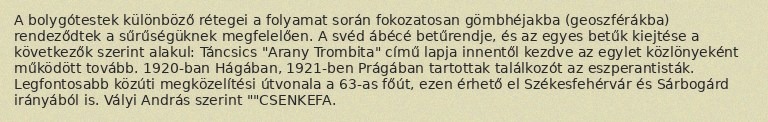
A bolygótestek különböző rétegei a folyamat során fokozatosan gömbhéjakba (geoszférákba) rendeződtek a sűrűségüknek megfelelően. A svéd ábécé betűrendje, és az egyes betűk kiejtése a következők szerint alakul: Táncsics "Arany Trombita" című lapja innentől kezdve az egylet közlönyeként működött tovább. 1920-ban Hágában, 1921-ben Prágában tartottak találkozót az eszperantisták. Legfontosabb közúti megközelítési útvonala a 63-as főút, ezen érhető el Székesfehérvár és Sárbogárd irányából is. Vályi András szerint ""CSENKEFA.